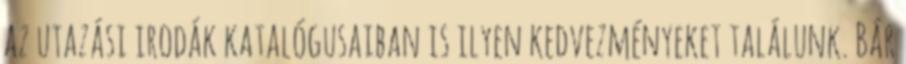
az utazási irodák katalógusaiban is ilyen kedvezményeket találunk. Bár